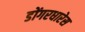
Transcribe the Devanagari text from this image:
डोंगरधारेस